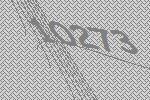
10273